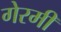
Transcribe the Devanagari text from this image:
गेरमी